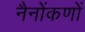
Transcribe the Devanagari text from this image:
नैनोंकणों